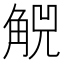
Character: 𧣶